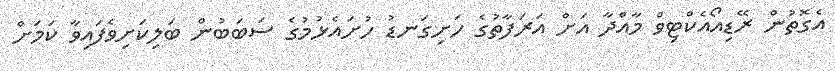
އެގޮތުން ރޭޑިއޯއެކްޓިވް މާއްދާ އަށް އަރަފާތުގެ ހަށިގަނޑު ހުށައެޅުމުގެ ސަބަބުން ބަލިކަށިވެފައިވާ ކަމަށް